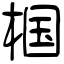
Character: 椢